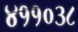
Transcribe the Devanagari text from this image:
४११०३८